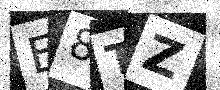
Text: E8TZ